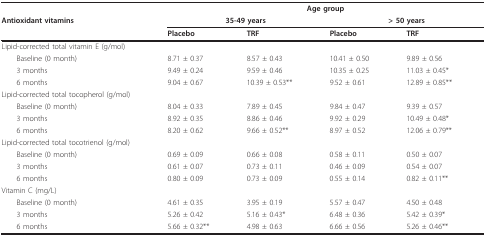
<table><thead><tr><td></td><td colspan="4"><b>Age group</b></td></tr><tr><td><b>Antioxidant vitamins</b></td><td colspan="2"><b>35-49 years</b></td><td colspan="2"><b>&gt; 50 years</b></td></tr><tr><td></td><td><b>Placebo</b></td><td><b>TRF</b></td><td><b>Placebo</b></td><td><b>TRF</b></td></tr></thead><tbody><tr><td>Lipid-corrected total vitamin E (g/mol)</td><td></td><td></td><td></td><td></td></tr><tr><td> Baseline (0 month)</td><td>8.71 ± 0.37</td><td>8.57 ± 0.43</td><td>10.41 ± 0.50</td><td>9.89 ± 0.56</td></tr><tr><td> 3 months</td><td>9.49 ± 0.24</td><td>9.59 ± 0.46</td><td>10.35 ± 0.25</td><td>11.03 ± 0.45*</td></tr><tr><td> 6 months</td><td>9.04 ± 0.67</td><td>10.39 ± 0.53**</td><td>9.52 ± 0.61</td><td>12.89 ± 0.85**</td></tr><tr><td>Lipid-corrected total tocopherol (g/mol)</td><td></td><td></td><td></td><td></td></tr><tr><td> Baseline (0 month)</td><td>8.04 ± 0.33</td><td>7.89 ± 0.45</td><td>9.84 ± 0.47</td><td>9.39 ± 0.57</td></tr><tr><td> 3 months</td><td>8.92 ± 0.35</td><td>8.86 ± 0.46</td><td>9.92 ± 0.29</td><td>10.49 ± 0.48*</td></tr><tr><td> 6 months</td><td>8.20 ± 0.62</td><td>9.66 ± 0.52**</td><td>8.97 ± 0.52</td><td>12.06 ± 0.79**</td></tr><tr><td>Lipid-corrected total tocotrienol (g/mol)</td><td></td><td></td><td></td><td></td></tr><tr><td> Baseline (0 month)</td><td>0.69 ± 0.09</td><td>0.66 ± 0.08</td><td>0.58 ± 0.11</td><td>0.50 ± 0.07</td></tr><tr><td> 3 months</td><td>0.61 ± 0.07</td><td>0.73 ± 0.11</td><td>0.46 ± 0.09</td><td>0.54 ± 0.07</td></tr><tr><td> 6 months</td><td>0.80 ± 0.09</td><td>0.73 ± 0.09</td><td>0.55 ± 0.14</td><td>0.82 ± 0.11**</td></tr><tr><td>Vitamin C (mg/L)</td><td></td><td></td><td></td><td></td></tr><tr><td> Baseline (0 month)</td><td>4.61 ± 0.35</td><td>3.95 ± 0.19</td><td>5.57 ± 0.47</td><td>4.50 ± 0.48</td></tr><tr><td> 3 months</td><td>5.26 ± 0.42</td><td>5.16 ± 0.43*</td><td>6.48 ± 0.36</td><td>5.42 ± 0.39*</td></tr><tr><td> 6 months</td><td>5.66 ± 0.32**</td><td>4.98 ± 0.63</td><td>6.66 ± 0.56</td><td>5.26 ± 0.46**</td></tr></tbody></table>